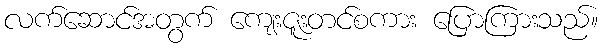
လက်ဆောင်အတွက် ကျေးဇူးတင်စကား ပြောကြားသည်။